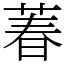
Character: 萶